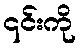
၎င်းကို